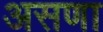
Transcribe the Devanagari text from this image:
असणा